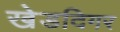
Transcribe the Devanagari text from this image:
खेडदिगर